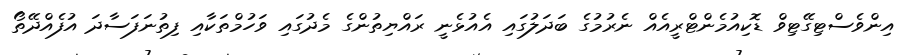
އިންވެސްޓިގޭޓިވް ޑޮކިއުމެންޓްރީއެއް ނެރުމުގެ ބަދަލުގައި އެއުޅެނީ ރައްޔިތުންގެ މެދުގައި ވަހުމްތަކާއި ފިތުނަފަސާދަ އުފެއްދޭތޯ